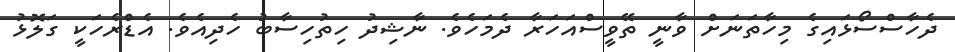
ދެހާސްސޯޅައިގެ މިހާތަނަށް ވާނީ ތޭވީސްއަހަރާ ދެމަހެވެ. ނާޝިދު ހިތުހިސާބު ހެދިއެވެ. އެޑްރެހަކީ ގަލޮޅު